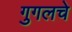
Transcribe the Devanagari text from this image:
गुगलचे